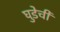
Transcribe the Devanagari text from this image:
घुडेची